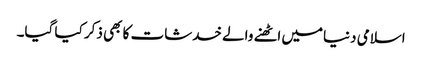
اسلامی دنیامیں اٹھنے والے خدشات کا بھی ذکر کیا گیا۔